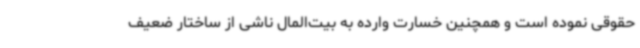
حقوقی نموده است و همچنین خسارت وارده به بیت‌المال ناشی از ساختار ضعیف